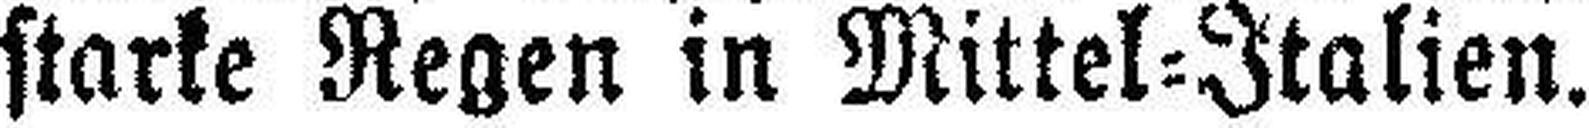
starke Regen in Mittel=Italien.